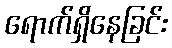
ရောက်ရှိနေခြင်း